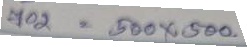
702 = 500 x 500